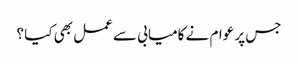
جس پر عوام نے کامیابی سے عمل بھی کیا ؟